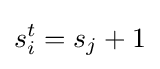
s_{i}^{t}=s_{j}+1